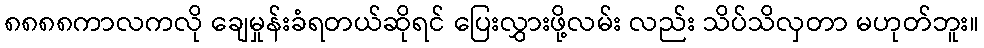
၈၈၈၈ကာလကလို ချေမှုန်းခံရတယ်ဆိုရင် ပြေးလွှားဖို့လမ်း လည်း သိပ်သိလှတာ မဟုတ်ဘူး။